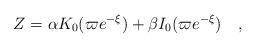
LaTeX: \begin{align*}Z = \alpha K_0(\varpi e^{-\xi}) + \beta I_0(\varpi e^{-\xi}) \quad ,\end{align*}